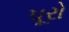
પૂરો